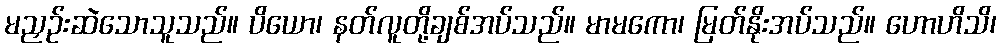
မညှဉ်းဆဲသောသူသည်။ ပိယော၊ နတ်လူတို့ချစ်အပ်သည်။ မာမကော၊ မြတ်နိုးအပ်သည်။ ဟောဟိသိ၊